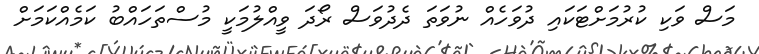
މަސް ވަކި ކުރުމަށްޓަކައި ދުވަހެއް ނުވަތަ ދެދުވަސް ރޯދަ ވީއްލުމަކީ މުސްތަހައްބު ކަމެއްކަމަށް